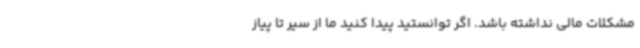
مشکلات مالی نداشته باشد. اگر توانستید پیدا کنید ما از سیر تا پیاز